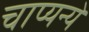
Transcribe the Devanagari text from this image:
चाप्यन्ये